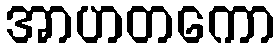
အာဟတကော